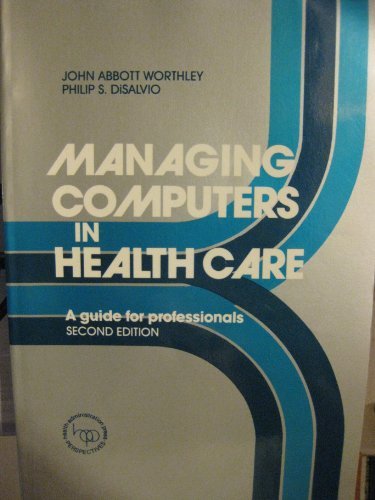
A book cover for Managing Computers in Health Care: A Guide for Professionals; John A. Worthley; Medical Books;